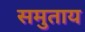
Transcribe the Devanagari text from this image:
समुताय